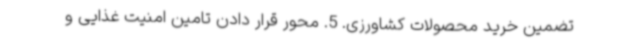
تضمین خرید محصولات کشاورزی. 5. محور قرار دادن تامین امنیت غذایی و